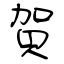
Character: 賀